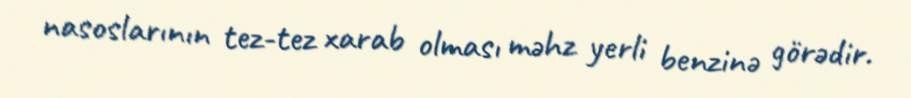
nasoslarının tez-tez xarab olması məhz yerli benzinə görədir.